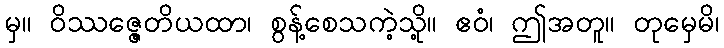
မှ။ ဝိဿဇ္ဇေတိယထာ၊ စွန့်စေသကဲ့သို့။ ဧဝံ၊ ဤအတူ။ တုမှေမိ၊